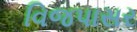
વિજપાસર